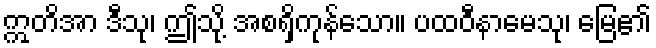
ဣတိအာ ဒီသု၊ ဤသို့ အစရှိကုန်သော။ ပထဝီနာမေသု၊ မြေ၏